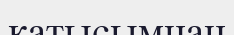
катысымнан